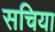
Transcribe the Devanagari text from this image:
सचिया